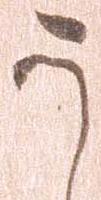
う